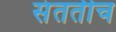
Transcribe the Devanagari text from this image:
संततीच